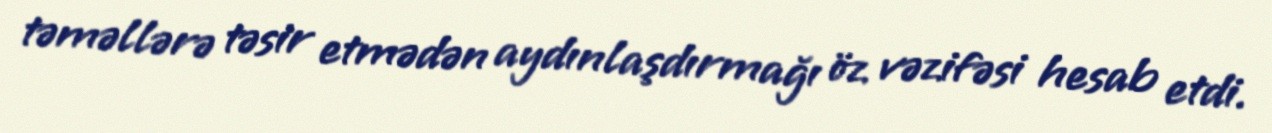
təməllərə təsir etmədən aydınlaşdırmağı öz vəzifəsi hesab etdi.